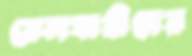
রেলযাত্রীদের